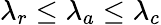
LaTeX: \lambda_{r}\le\lambda_{a}\le\lambda_{c}